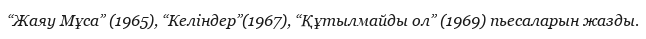
“Жаяу Мұса” (1965), “Келіндер”(1967), “Құтылмайды ол” (1969) пьесаларын жазды.